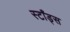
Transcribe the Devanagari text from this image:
स्टाँड्स